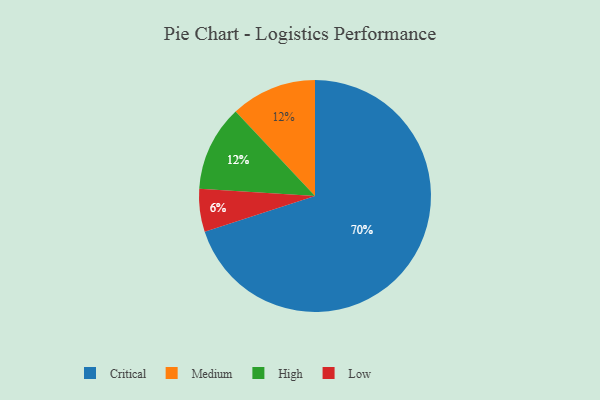
{"axis": {"x": "Category", "y": "Percentage"}, "legend": ["Critical", "High", "Low", "Medium"], "data": [{"x": "Medium", "y": 12, "type": "Medium"}, {"x": "High", "y": 12, "type": "High"}, {"x": "Critical", "y": 70, "type": "Critical"}, {"x": "Low", "y": 6, "type": "Low"}]}